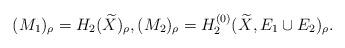
LaTeX: \begin{align*}(M_1)_{\rho}=H_2(\widetilde{X})_{\rho}, (M_2)_{\rho}=H_2^{(0)}(\widetilde{X},E_1\cup E_2)_{\rho}.\end{align*}